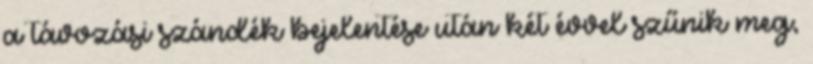
a távozási szándék bejelentése után két évvel szűnik meg,